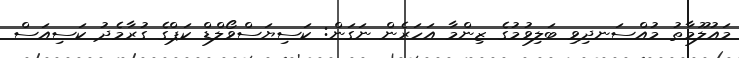
މައުލޫމާތު މުއްސަނދިވި ބަލިވުމުގެ ޒިންމާ އަހަރެން ނަގަން: ކަސިޔަސްވޯލްޑް ކަޕްގެ ގުރާމެދު ކަސިއަސް